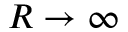
R \rightarrow \infty